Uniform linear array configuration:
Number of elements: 4
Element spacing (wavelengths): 1
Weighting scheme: kaiser
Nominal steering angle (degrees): -30
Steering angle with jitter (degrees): -28.837
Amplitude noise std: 0.05
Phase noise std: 0.05

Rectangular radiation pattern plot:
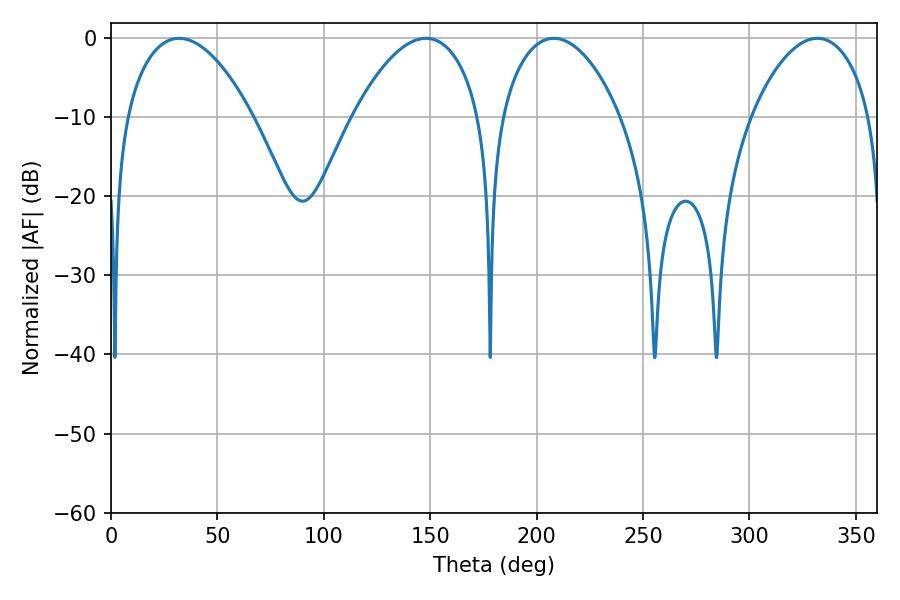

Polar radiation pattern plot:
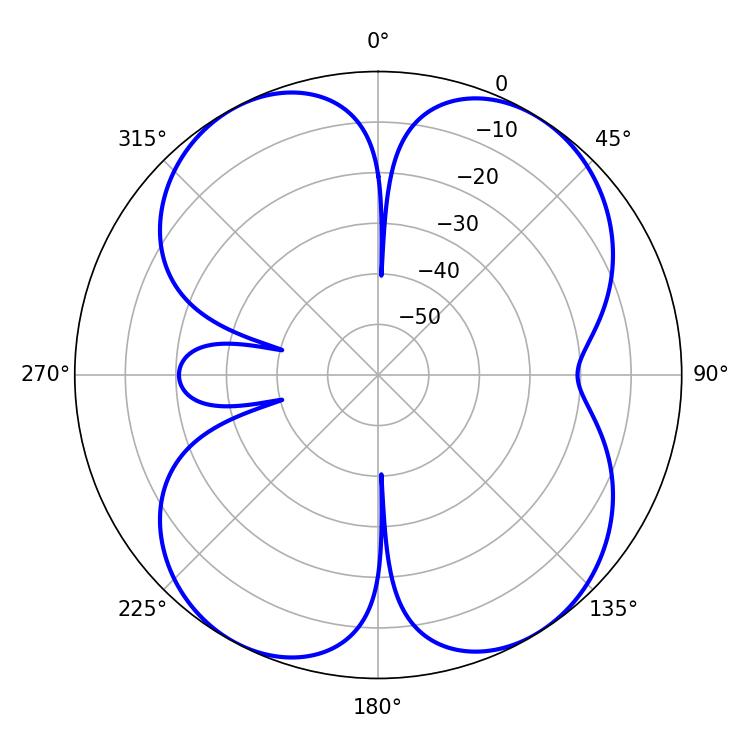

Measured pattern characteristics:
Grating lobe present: TRUE
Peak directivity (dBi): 12.12
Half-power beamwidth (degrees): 31.5
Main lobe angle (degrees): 208.08